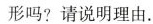
形吗?请说明理由。